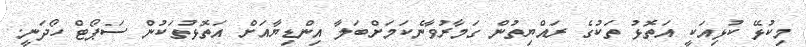
މިކުޅޭ ކުޅިއަކީ އަތޮޅު ތަކުގެ ރައްޔިތުން ގަމާރުވާނެކަމަށްބަލާ އިންޑިޔާއަށް އަތޮޅުތަކުން ސަޕޯޓް ހޯދަނީ.